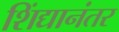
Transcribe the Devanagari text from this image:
शिंद्यानंतर